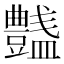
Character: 𧰞